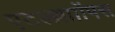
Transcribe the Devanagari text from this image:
एटल्थ्रााोंपस